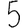
Digit: 5